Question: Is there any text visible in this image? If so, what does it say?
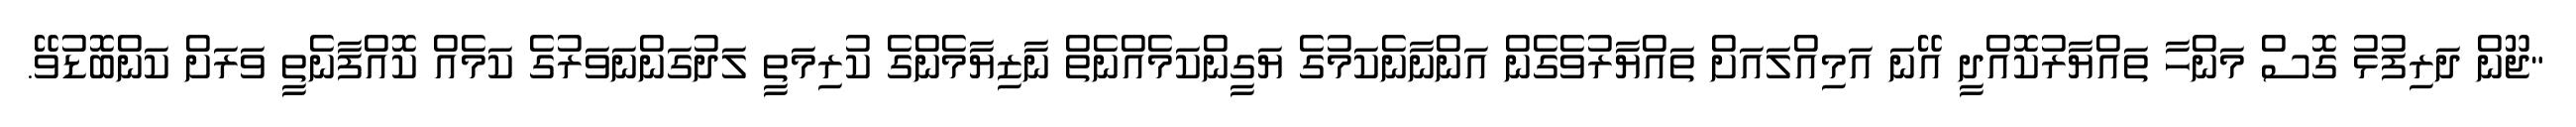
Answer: "ޖޫން ދަރިފުޅު ގޮސް މަންހާ ތައްޔާރުކޮއްދީ އޭނަ އަމިއްލައަށް ތައްޔާރުވެގެން އަންނާނެކަމުގެ ޔަގީންކަމެއްނެތް ނާޒިޔާމެންގެ ކުރިމަތީ ލަދުގަންނަވަރުގެ ކަމެއް ކޮއްފާނެތީ ވަރަށް ކަންބޮޑުވޭ.